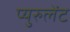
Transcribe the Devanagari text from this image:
प्युरुलेंट